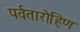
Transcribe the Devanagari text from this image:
पर्वतारोहिण